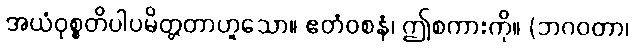
အယံဝုစ္စတိပါပမိတ္တတာဟူသော။ ဧတံဝစနံ၊ ဤစကားကို။ (ဘဂဝတာ၊